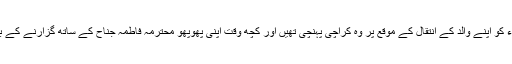
تاہم، 11 ستمبر 1948ء کو اپنے والد کے انتقال کے موقع پر وہ کراچی پہنچی تھیں اور کچھ وقت اپنی پھوپھو محترمہ فاطمہ جناح کے ساتھ گزارنے کے بعد واپس لوٹ گئی تھیں۔